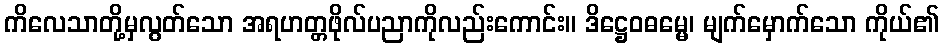
ကိလေသာတို့မှလွတ်သော အရဟတ္တဖိုလ်ပညာကိုလည်းကောင်း။ ဒိဋ္ဌေဝဓမ္မေ၊ မျက်မှောက်သော ကိုယ်၏